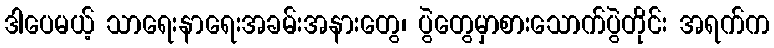
ဒါပေမယ့် သာရေးနာရေးအခမ်းအနားတွေ၊ ပွဲတွေမှာစားသောက်ပွဲတိုင်း အရက်က